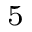
^ { 5 }